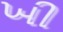
ખી